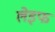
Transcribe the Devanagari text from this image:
लेइफ